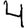
Digit: 4